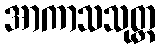
အာကာသသုတ္တ